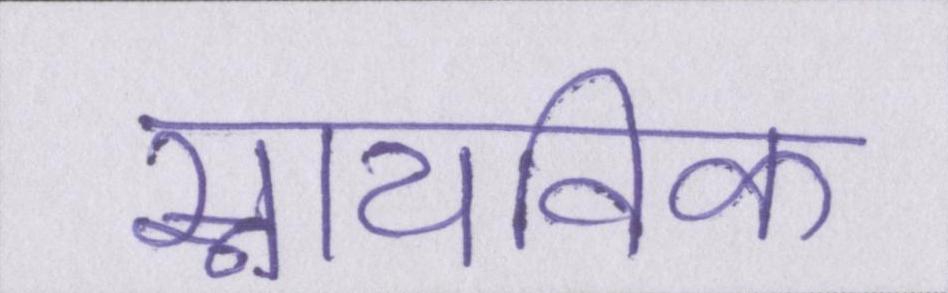
स्नायविक